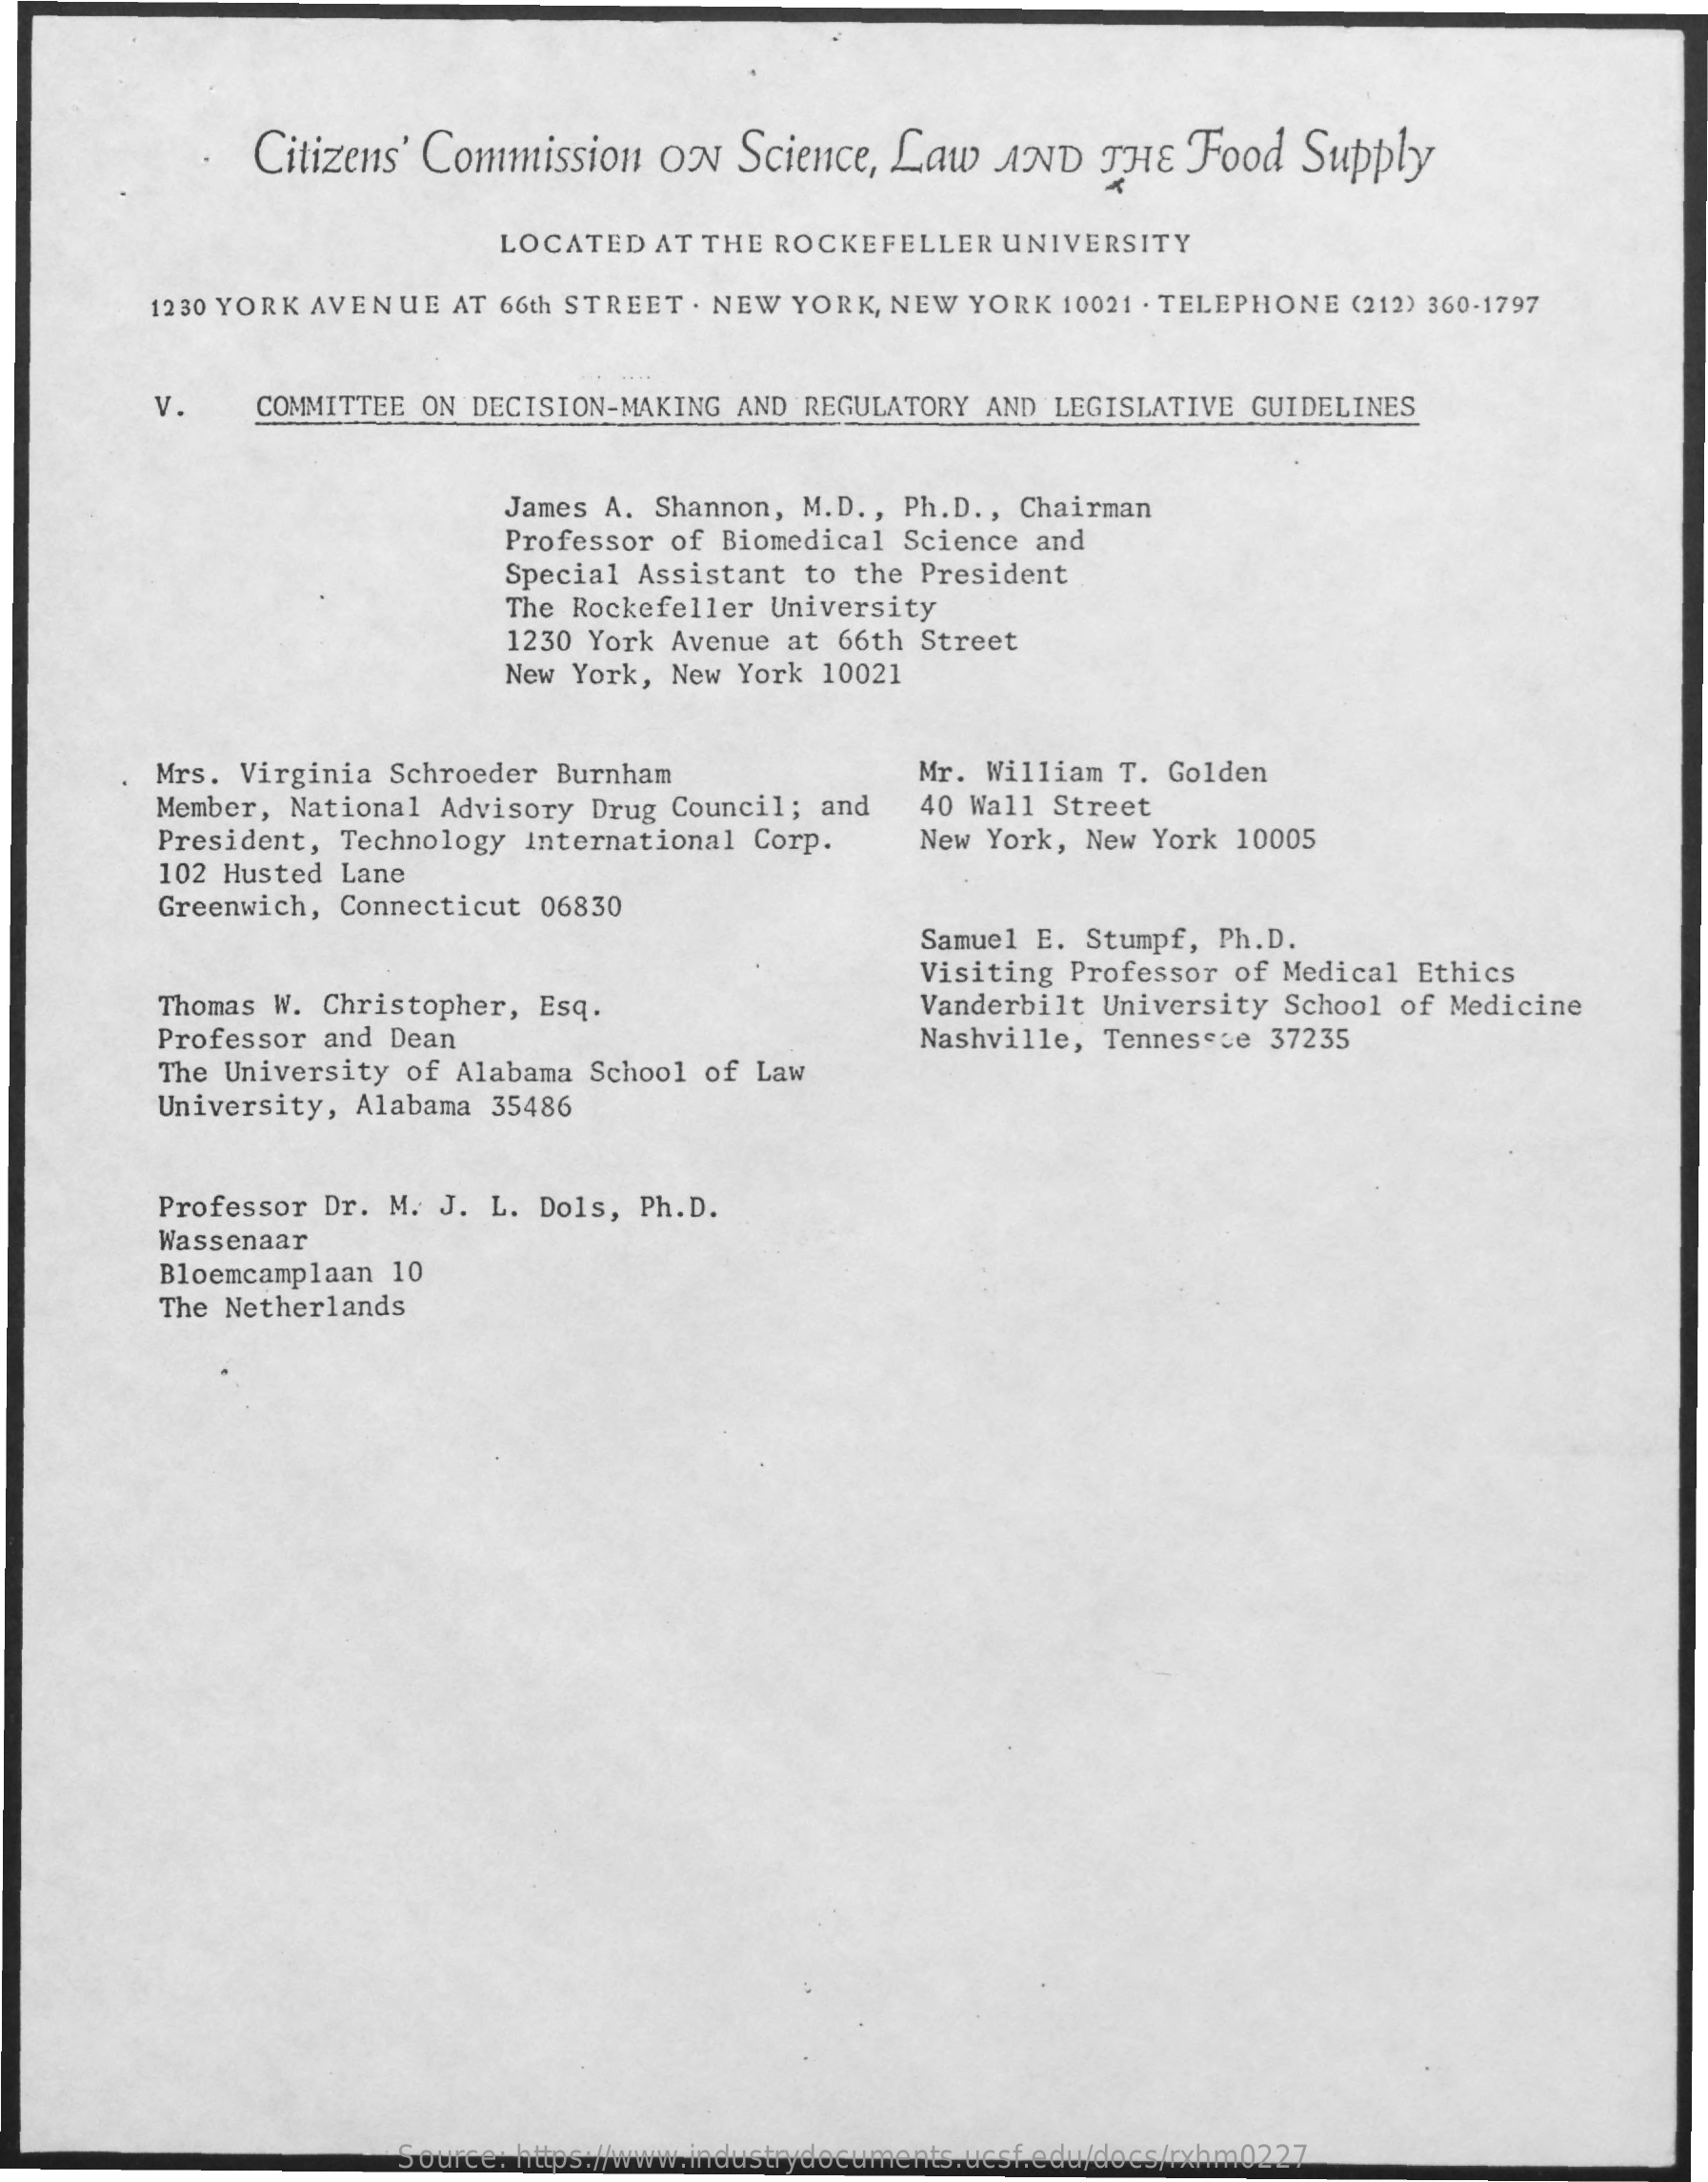
Citizens' Commission ON Science, Law AND  THE  Food Supply
     LOCATED AT THE ROCKEFELLER UNIVERSITY
     1230 YORK AVENUE AT 66th STREET . NEW YORK, NEW YORK 10021 . TELEPHONE (212) 360-1797
     v.   COMMITTEE ON DECISION-MAKING AND REGULATORY AND LEGISLATIVE GUIDELINES
     James A. Shannon, M.D ., Ph.D ., Chairman
     Professor of Biomedical Science and
     Special Assistant to the President
     The Rockefeller University
     1230 York Avenue at 66th Street
     New York, New York 10021
     Mrs. Virginia Schroeder Burnham    Mr. William T. Golden
     Member, National Advisory Drug Council; and 40 Wall Street
     President, Technology International Corp. New York, New York 10005
     102 Husted Lane
     Greenwich, Connecticut 06830
     Samuel E. Stumpf, Ph.D.
     Visiting Professor of Medical Ethics
     Thomas W. Christopher, Esq.    Vanderbilt University School of Medicine
     Professor and Dean
     The University of Alabama School of Law
     Nashville, Tennessee 37235
     University, Alabama 35486
     Professor Dr. M. J. L. Dols, Ph.D.
     Wassenaar
     Bloemcamplaan 10
     The Netherlands
     Source: https://www.industrydocuments.ucsf.edu/docs/rxhm0227